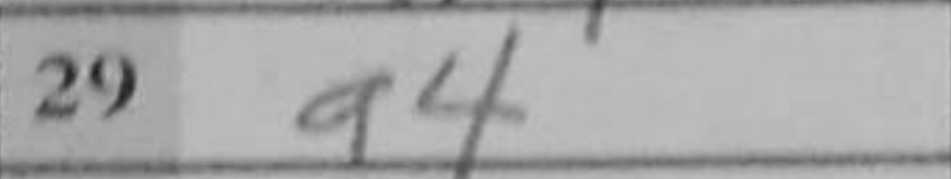
Transcription: a4